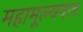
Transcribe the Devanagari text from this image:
महामूल्यवान